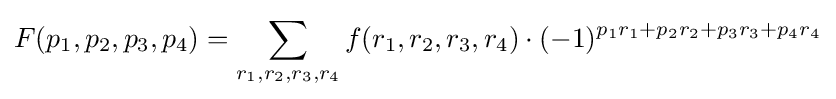
F(p_{1},p_{2},p_{3},p_{4})=\displaystyle \sum \limits _{r_{1},r_{2},r_{3},r_{4}}f(r_{1},r_{2},r_{3},r_{4})\cdot (-1)^{p_{1}r_{1}+p_{2}r_{2}+p_{3}r_{3}+p_{4}r_{4}}